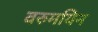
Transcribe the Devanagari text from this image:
वरुमयिन